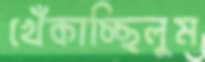
খেঁকাচ্ছিলুম